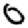
Digit: 0